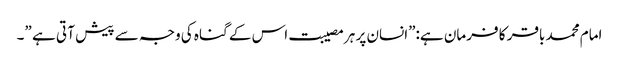
امام محمد باقر کا فرمان ہے:”انسان پر ہر مصیبت اس کے گناہ کی وجہ سے پیش آ تی ہے ”۔